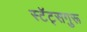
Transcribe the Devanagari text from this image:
स्टॅट्सगुरू